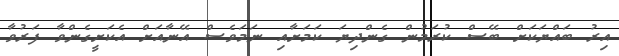
އިރު ބައްޔަކަށް ބޭސް ކުރަމުން ގެންދިޔަ ކަމަށާއި ނަމަވެސް އޭނާއަށް އެކަށީގެންވާ ފަރުވާ